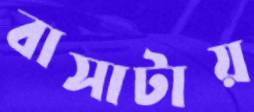
বাসাটায়